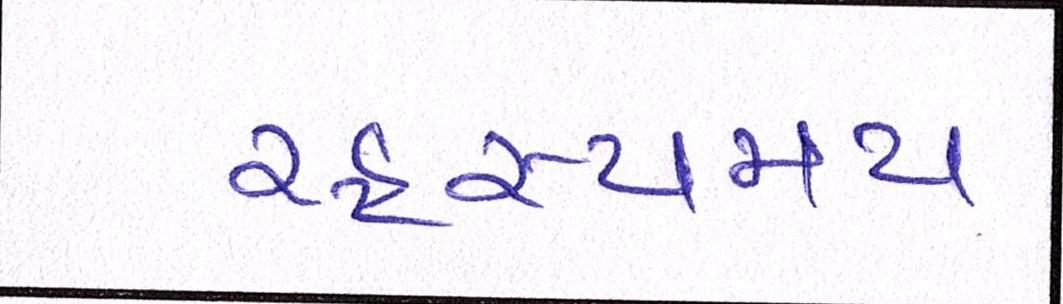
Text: રહસ્યમય